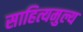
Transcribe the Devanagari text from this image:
साहित्यमुल्य